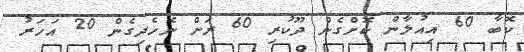
ކޮބާ 60 އިއުލާން ކޮށްގެން ދޫކުރި 60 ރަށް ނެހެދިގެން 20 އަހަރު